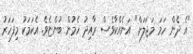
"އެ ދެން ހަމަ މަޖަލަށް" އަނެއްކާވެސް ރާއިދު ހެމުން ބުންޏެވެ. އެކަމަކު މިފަހަރު